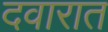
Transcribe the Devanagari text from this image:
दवारात